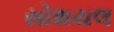
સોશયલ